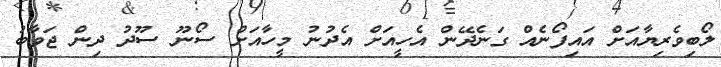
ލޯބިވެރިޔާއަށް އައިފޯނެއް ގަނެދޭން އެހީއަށް އެދުނު މީހާއަށް ސޯނޫ ސޫދު ދިން ޖަވާބު